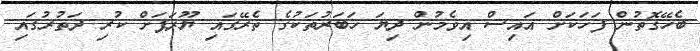
ބެހޭގޮތުން ފަހަކަށް އައިސް އިވެމުން ދިޔަ ޚަބަރުތަކުގެ ތެރޭގައި ޔޫރަޕަށް ކުރި ދަތުރުގައި